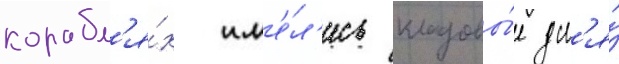
корабл'я́х им'е́л'ись кладовы́е дл'я́